Civil Veterinary Department Bihar & Orissa reports 1929-36 - 1929-1936
Year: 1929
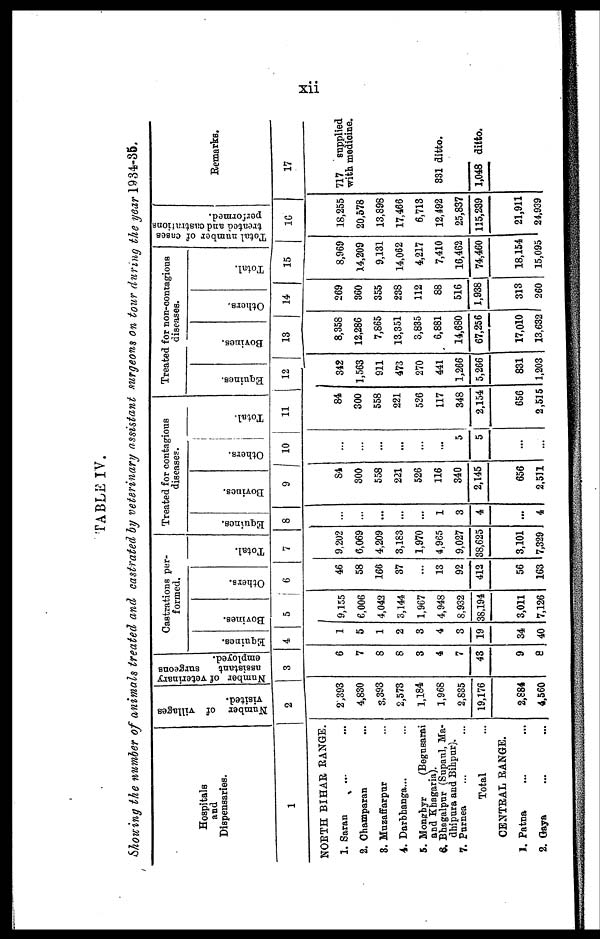
xii
TABLE IV.
Showing the number of animals treated and castrated by veterinary assistant surgeons on tour during the year 1934-35.
Hospitals
and
Dispensaries.
1
NORTH BIHAR RANGE.
1. Saran ... ...
2. Champaran ...
3. Muzaffsrpur ...
4. Darbhanga... ...
5. Monghyr (Begusarai
and Khagaria).
6. Bhagalpur (Supaul, Ma-
dhipura and Bihpur).
7. Purnea ... ...
Total ...
CENTRAL RANGE.
1. Patna ... ...
2. Gaya ... ...
Number of villages
visited.
2
2,393
4,830
3,393
2,573
1,184
1,968
2,835
19,176
2,884
4,560
Number of veterinary
assistant
surgeons
employed.
3
6
7
8
8
3
4
7
43
9
8
Castrations per-
formed.
Equines.
4
1
5
1
2
3
4
3
19
34
40
Bovines.
5
9,155
6,006
4,042
3,144
1,967
4,948
8,932
38,194
3,011
7,126
Others.
6
46
58
166
37
...
13
92
412
56
163
Total.
7
9,202
6,069
4,209
3,183
1,970
4,965
9,027
38,625
3,101
7,329
Treated for contagious
diseases.
Equines.
8
...
...
...
...
...
1
3
4
...
4
Bovines.
9
84
300
558
221
526
116
340
2,145
656
2,511
Others.
10
...
...
...
...
...
...
5
5
...
...
Total.
11
84
300
558
221
526
117
348
2,154
656
2,515
Treated for non-contagious
diseases.
Equines.
12
342
1,563
911
473
270
441
1,266
5,266
831
1,203
Bovines.
13
8,358
12,286
7,865
13,351
3,835
6,881
14,680
67,256
17,010
13,632
Others.
14
269
360
355
238
112
88
516
1,938
313
260
Total.
15
8,969
14,209
9,131
14,062
4,217
7,410
16,462
74,460
18,154
15,095
Total number of cases
treated and castration
performed.
1G
18,255
20,578
13,898
17,466
6,713
12,492
25,837
115,239
21,911
24,939
Remarks.
17
717 supplied
with medicine.
331 ditto.
1,048 ditto.